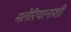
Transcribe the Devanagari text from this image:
मलेरियानाशी